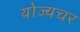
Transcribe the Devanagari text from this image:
योज्यचर